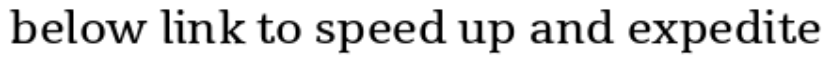
below link to speed up and expedite